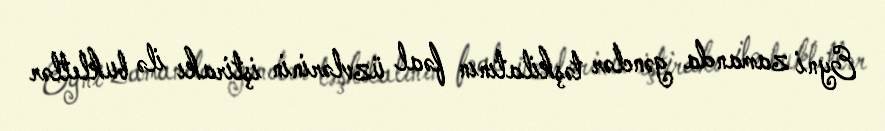
Eyni zamanda gənclər təşkilatının fəal üzvlərinin iştirakı ilə bukletlər